Leaving Certificate Examination, 1910
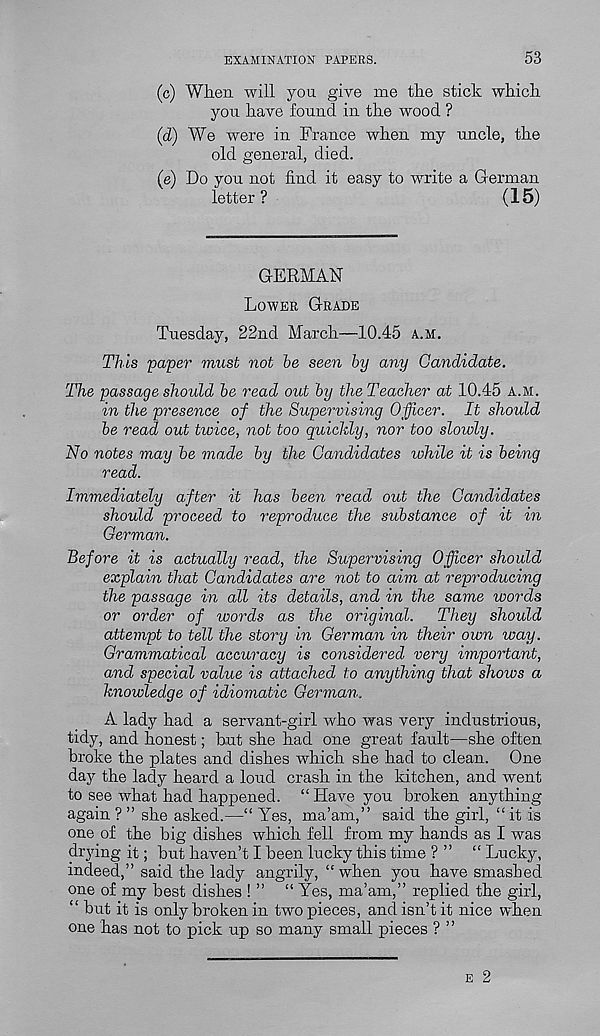
EXAMINATION PAPERS.
53
(c) When will you give me the stick which
you have found in the wood ?
(d) We were in France when my uncle, the
old general, died.
(e) Do you not find it easy to write a German
letter?
(15)
GERMAN
Lower Grade
Tuesday, 22nd March—10.45 a.m.
This paper must not be seen by any Candidate.
The passage should be read out by the Teacher at 10.45 a.m.
in the presence of the Supervising Officer. It should
be read out twice, not too quickly, nor too slowly.
No notes may be made by the Candidates while it is being
read.
Immediately after it has been read out the Candidates
should proceed to reproduce the substance of it in
German.
Before it is actually read, the Supervising Officer should
explain that Candidates are not to aim at reproducing
the passage in all its details, and in the same words
or order of words as the original.
They should
attempt to tell the story in German in their own way.
Grammatical accuracy is considered very important,
and special value is attached to anything that shoivs a
knowledge of idiomatic German.
A lady had a servant-girl who was very industrious,
tidy, and honest; hut she had one great fault—she often
broke the plates and dishes which she had to clean. One
day the lady heard a loud crash in the kitchen, and went
to see what had happened. “ Have you broken anything
again ? ” she asked.—“ Yes, ma’am,” said the girl, “ it is
one of the big dishes which fell from my hands as I was
drying it; but haven’t I been lucky this time ? ” “ Lucky,
indeed,” said the lady angrily, “when you have smashed
one of my best dishes ! ” “ Yes, ma’am,” replied the girl,
“ but it is only broken in two pieces, and isn’t it nice when
one has not to pick up so many small pieces ? ’ ’